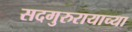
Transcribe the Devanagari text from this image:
सदगुरुरायाच्या